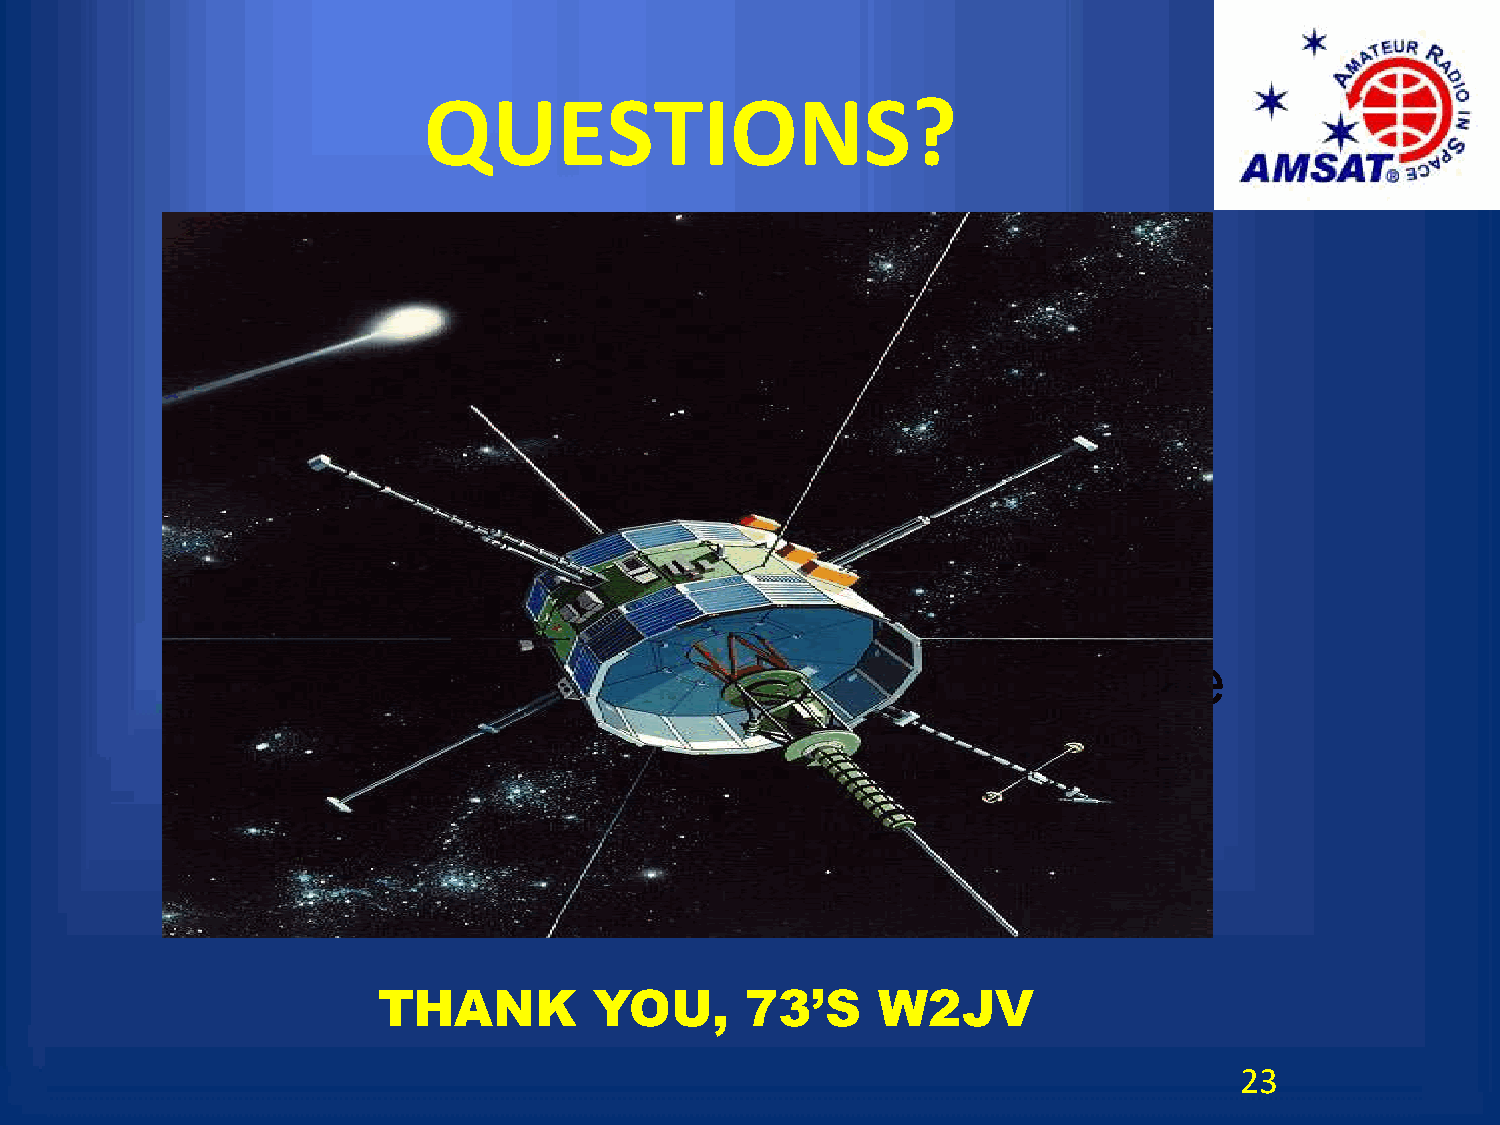
QUESTIONS?
 Click      to   edit    Master         subtitle       style
 THANK         YOU,      73’S     W2JV
 23